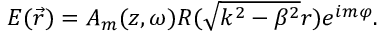
E ( \vec { r } ) = A _ { m } ( z , \omega ) R ( \sqrt { k ^ { 2 } - \beta ^ { 2 } } r ) e ^ { i m \varphi } .